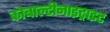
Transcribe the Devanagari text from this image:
कोबाल्टीनाइट्राइट